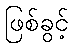
ဖြစ်ခွင့်